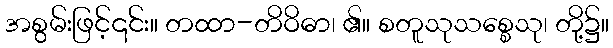
အစွမ်းဖြင့်၎င်း။ တထာ-တိဝိဓာ၊ ၏။ စတူသုသစ္စေသု၊ တို့၌။